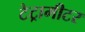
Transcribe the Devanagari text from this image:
टेट्रामीटर